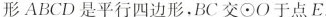
ABCD是平行四边形，BC交⊙O于点E。